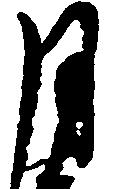
月